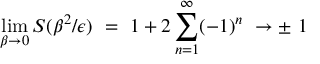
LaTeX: \operatorname * { l i m } _ { \beta \rightarrow 0 } S ( \beta ^ { 2 } / \epsilon ) \ = \ 1 + 2 \sum _ { n = 1 } ^ { \infty } ( - 1 ) ^ { n } \ \rightarrow \pm \ 1